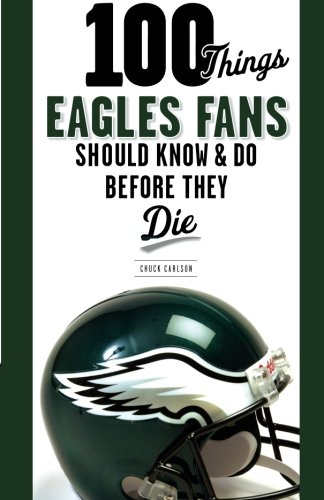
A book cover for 100 Things Eagles Fans Should Know & Do Before They Die (100 Things...Fans Should Know); Chuck Carlson; Travel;